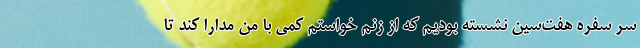
سر سفره هفت‌سین نشسته بودیم که از زنم خواستم کمی با من مدارا کند تا